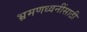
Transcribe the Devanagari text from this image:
भ्रमणध्वनींसाठी